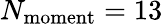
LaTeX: N_{\mathrm{{moment}}}=13